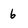
Character: 6